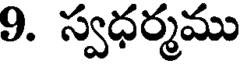
9. స్వధర్మము